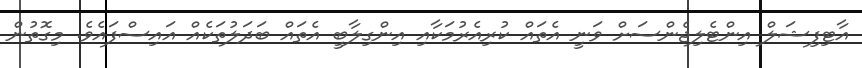
އާޓިފިޝަލް އިންޓެލިޖެންސަށް ވަނީ އެތައް ކުރިއެރުމަކާއި އިންގިލާބީ އެތައް ބަދަލުތަކެއް އައިސްފައެވެ. މިގޮތުން